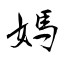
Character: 媽